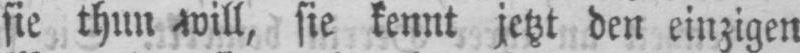
sie thun will, sie kennt jetzt den einzigen